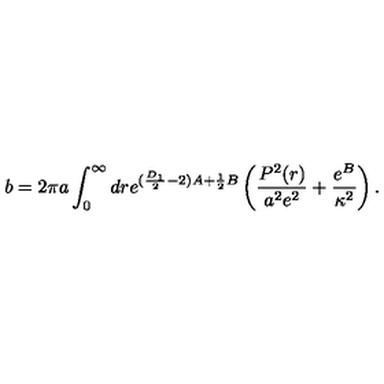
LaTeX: b = 2 \pi a \int _ { 0 } ^ { \infty } d r e ^ { ( \frac { D _ { 1 } } { 2 } - 2 ) A + \frac { 1 } { 2 } B } \left( \frac { P ^ { 2 } ( r ) } { a ^ { 2 } e ^ { 2 } } + \frac { e ^ { B } } { \kappa ^ { 2 } } \right) .